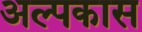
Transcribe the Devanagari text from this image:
अल्पकास